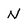
Character: N